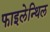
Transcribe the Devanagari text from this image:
फाइलेन्थिल